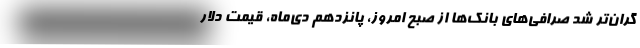
گران‌تر شد صرافی‌های بانک‌ها از صبح امروز، پانزدهم دی‌ماه، قیمت دلار